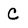
Character: C